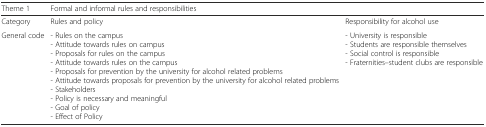
<table><thead><tr><td><b>Theme 1</b></td><td colspan="4"><b>Formal and informal rules and responsibilities</b></td></tr></thead><tbody><tr><td>Category</td><td>Rules and policy</td><td colspan="3">Responsibility for alcohol use</td></tr><tr><td>General code</td><td>- Rules on the campus- Attitude towards rules on campus- Proposals for rules on the campus- Attitude towards rules on the campus- Proposals for prevention by the university for alcohol related problems- Attitude towards proposals for prevention by the university for alcohol related problems- Stakeholders- Policy is necessary and meaningful- Goal of policy- Effect of Policy</td><td colspan="3">- University is responsible- Students are responsible themselves- Social control is responsible- Fraternities–student clubs are responsible</td></tr></tbody></table>